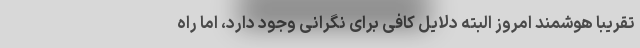
تقریبا هوشمند امروز البته دلایل کافی برای نگرانی وجود دارد، اما راه